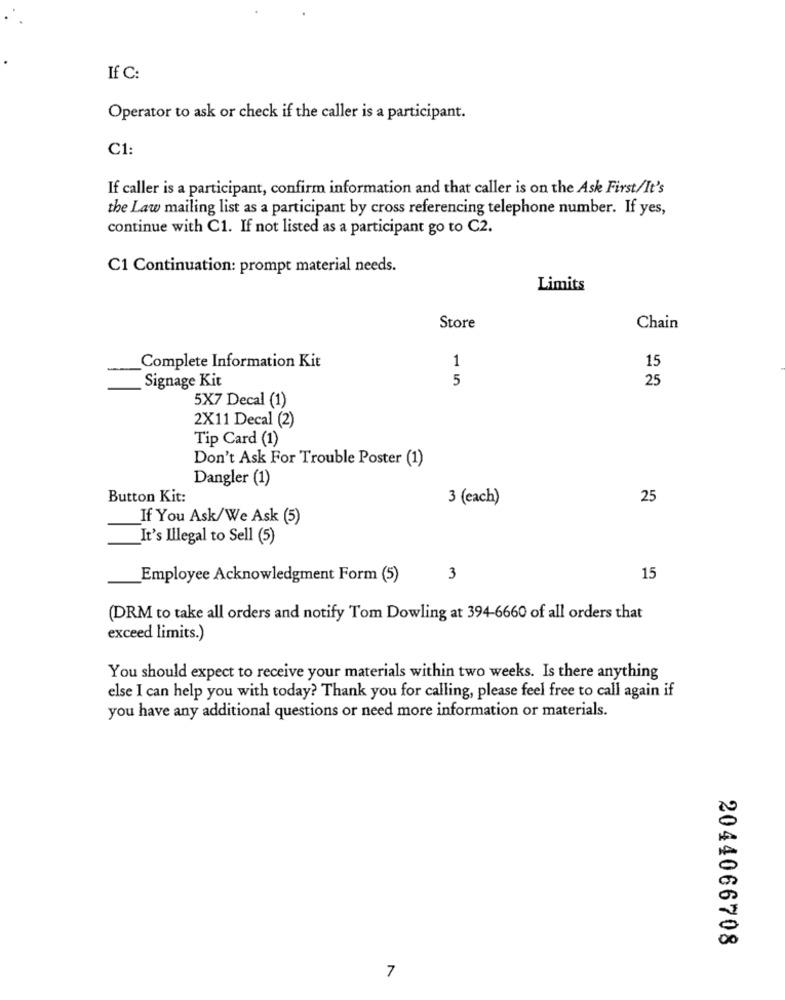
If C:
Operator to ask or check if the caller is a participant.
C1
If caller is a participant, confirm information and that caller is on the Ask First/It's
the Law mailing list as a participant by cross referencing telephone number. If yes,
continue with C1. If not listed as a participant go to C2.
C1 Continuation: prompt material needs.
Limits
Store
Chain
1
Complete Information Kit
15
5
25
Signage Kit
5X7 Decal (1)
2X11 Decal (2)
Tip Card (1)
Don't Ask For Trouble Poster (1)
Dangler (1)
Button Kit:
3 (each)
25
If You Ask/We Ask (5)
It's Illegal to Sell (5)
Employee Acknowledgment Form (5)
3
15
(DRM to take all orders and notify Tom Dowling at 394-6660 of all orders that
exceed limits.)
You should expect to receive your materials within two weeks. Is there anything
else I can help you with today? Thank you for calling, please feel free to call again if
you have any additional questions or need more information or materials.
2044066708
7